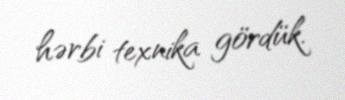
hərbi texnika gördük.